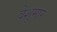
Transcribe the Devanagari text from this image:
वेशुमार